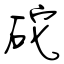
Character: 砣